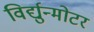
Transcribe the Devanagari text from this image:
विर्द्युन्मोटर